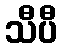
သီပီ